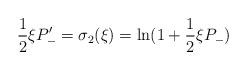
LaTeX: \begin{align*}\frac{1}{2}\xi P_{-}'=\sigma_{2}(\xi)=\ln(1+\frac{1}{2}\xi P_{-})\end{align*}